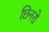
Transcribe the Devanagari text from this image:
छिनरो